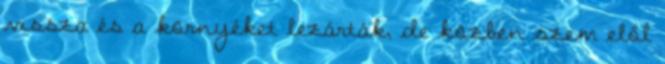
vissza és a környéket lezárták, de közben szem elől